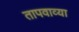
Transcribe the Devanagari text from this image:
तापवाव्या